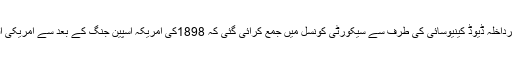
139صفحات پر مشتمل یہ درخواست سلطنت ہوائی کے وزیرداخلہ ڈیوڈ کینیوسائی کی طرف سے سیکورٹی کونسل میں جمع کرائی گئی کہ 1898کی امریکہ اسپین جنگ کے بعد سے امریکی افواج نے ہوائی کی عوام کو ناجائز طور اپنا غلام بنارکھاہے۔